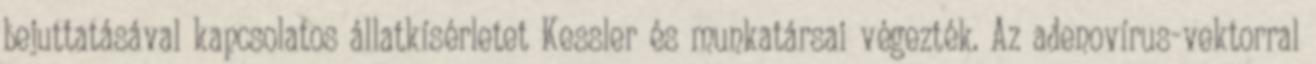
bejuttatásával kapcsolatos állatkísérletet Kessler és munkatársai végezték. Az adenovírus-vektorral